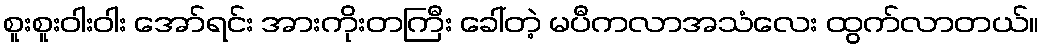
စူးစူးဝါးဝါး အော်ရင်း အားကိုးတကြီး ခေါ်တဲ့ မပီကလာအသံလေး ထွက်လာတယ်။